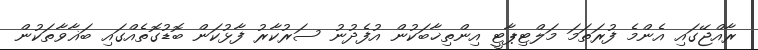
ރާއްޖޭގައި އެންމެ ފުރަތަމަ މަލްޓިޕާޓީ އިންތިޚާބަކުން އުފެދުނު ސަރުކާރު ފާޅުކަން ބޮޑުގޮތެއްގައި ބަޣާވާތަކުން